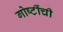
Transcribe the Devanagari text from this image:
गोष्‍टींची